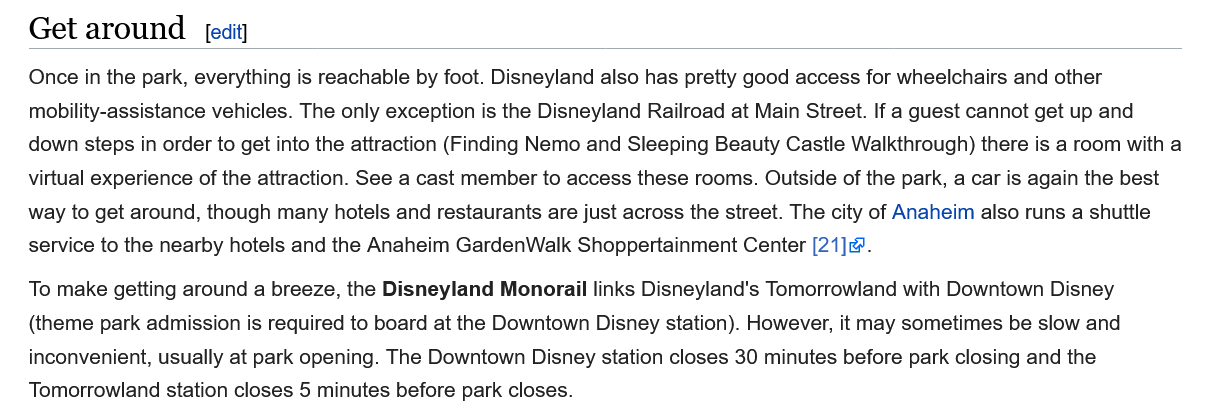
Get  around    [edit]
   Once in the park, everything is reachable by foot. Disneyland also has pretty good access for wheelchairs and other
   mobility-assistance vehicles. The only exception is the Disneyland Railroad at Main Street. If a guest cannot get up and
   down steps in order to get into the attraction (Finding Nemo and Sleeping Beauty Castle Walkthrough) there is a room with a
   virtual experience of the attraction. See a cast member to access these rooms. Outside of the park, a car is again the best
   way to get around, though many hotels and restaurants are just across the street. The city of Anaheim also runs a shuttle
   service to the nearby hotels and the Anaheim GardenWalk Shoppertainment Center [21].
   To make getting around a breeze, the Disneyland Monorail links Disneyland's Tomorrowland with Downtown Disney
   (theme park admission is required to board at the Downtown Disney station). However, it may sometimes be slow and
   inconvenient, usually at park opening. The Downtown Disney station closes 30 minutes before park closing and the
   Tomorrowland station closes 5 minutes before park closes.